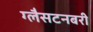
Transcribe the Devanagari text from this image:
ग्लैसटनबरी